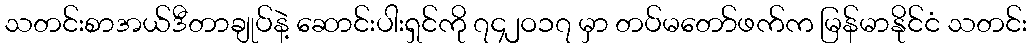
သတင်းစာအယ်ဒီတာချုပ်နဲ့ ဆောင်းပါးရှင်ကို ၇၄၂ဝ၁၇ မှာ တပ်မတော်ဖက်က မြန်မာနိုင်ငံ သတင်း